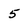
Character: 5